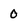
Character: 0